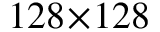
1 2 8 \! \times \! 1 2 8